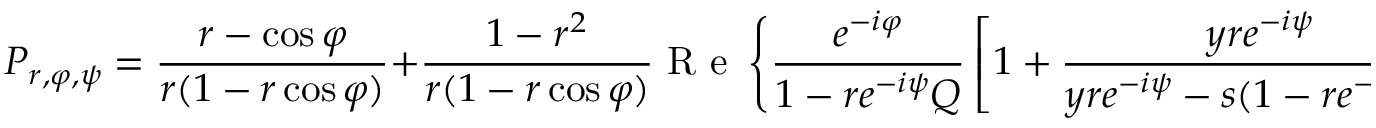
P _ { r , \varphi , \psi } = \frac { r - \cos \varphi } { r ( 1 - r \cos \varphi ) } + \frac { 1 - r ^ { 2 } } { r ( 1 - r \cos \varphi ) } \mathrm { ~ R ~ e ~ } \left\{ \frac { e ^ { - i \varphi } } { 1 - r e ^ { - i \psi } Q } \left[ 1 + \frac { y r e ^ { - i \psi } } { y r e ^ { - i \psi } - s ( 1 - r e ^ { - i \psi } Q ) } \mathcal { M } \left( - s + \frac { y r e ^ { - i \psi } } { 1 - r e ^ { - i \psi } Q } \right) \right] \right\} .